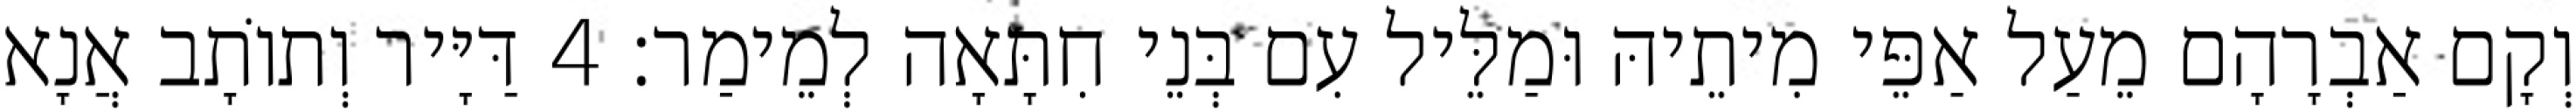
וְקָם אַבְרָהָם מֵעַל אַפֵּי מִיתֵיהּ וּמַלֵּיל עִם בְּנֵי חִתָּאָה לְמֵימַר׃ 4 דַּיָּיר וְתוֹתָב אֲנָא